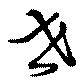
垚